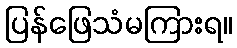
ပြန်ဖြေသံမကြားရ။